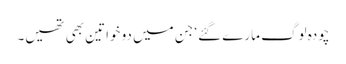
چودہ لوگ مارے گئے‘ جن میں دو خواتین بھی تھیں۔